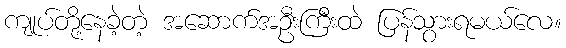
ကျုပ်တို့နေခဲ့တဲ့ အဆောက်အဦးကြီးထဲ ပြန်သွားရမယ်လေ။